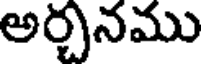
అర్చనము